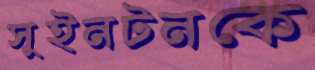
সুইনটনকে